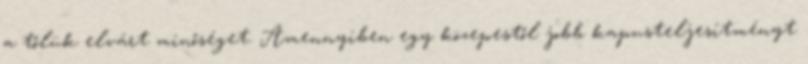
a tőlük elvárt minőséget. Amennyiben egy közepestől jobb kapusteljesítményt